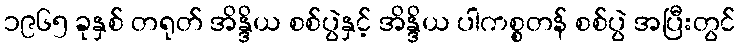
၁၉၆၅ ခုနှစ် တရုတ် အိန္ဒိယ စစ်ပွဲနှင့် အိန္ဒိယ ပါကစ္စတန် စစ်ပွဲ အပြီးတွင်